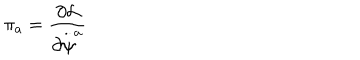
\pi _ { a } = \frac { \partial { \cal L } } { \partial \stackrel { . . } { \psi } ^ { a } }